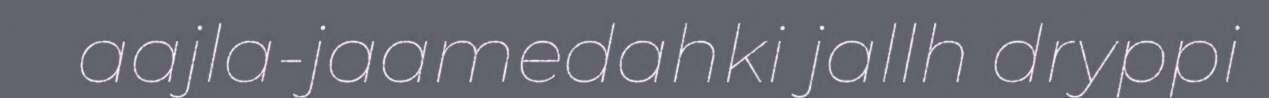
aajla-jaamedahki jallh dryppi